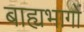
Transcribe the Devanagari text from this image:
बाह्यभागों